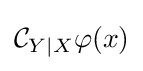
{\mathcal {C}}_{Y\mid X}\varphi (x)